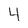
Character: 4